Report of the Indian Hemp Drugs Commission, 1894-1895 - Volume V
Year: 1894
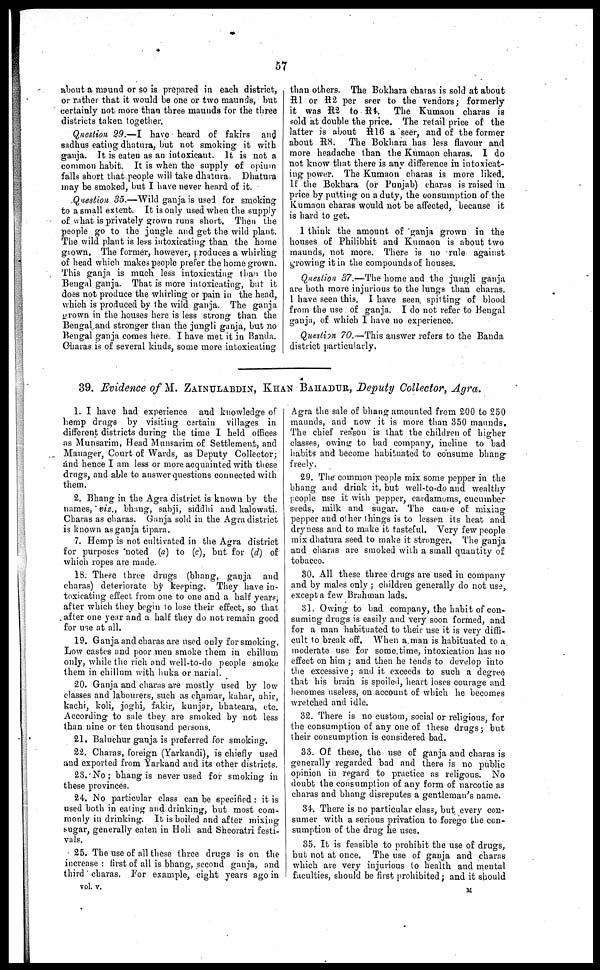
57
about a maund or so is prepared in each district,
or rather that it would be one or two maunds, bub
certainly not more than three maunds for the three
districts taken together.
Question 29.—I have heard of fakirs and
sadhus eating dhatura, but not smoking it with
ganja. It is eaten as an intoxicant. It is not a
common habit. It is when the supply of opium
falls short that people will take dhatura. Dhatura
may be smoked, but I have never heard of it.
Question 35.—Wild ganja is used for smoking
to a small extent. It is only used when the supply
of what is privately grown runs short. Then the
people go to the jungle and get the wild plant.
The wild plant is lets intoxicating than the home
grown. The former, however, produces a whirling
of head which makes people prefer the home grown.
This ganja is much less intoxicating than the
Bengal ganja. That is more intoxicating, but it
does not produce the whirling or pain in the head,
which is produced by the wild ganja. The ganja
grown in the houses here is less strong than the
Bengal and stronger than the jungli ganja, but no
Bengal ganja comes here. I have met it in Banda.
Charas is of several kinds, some more intoxicating
than others. The Bokhara charas is sold at about
R1 or R2 per seer to the vendors ; formerly
it was R2 to R4. The Kumaon charas is
sold at double the price. The retail price of the
latter is about R16 a seer, and of the former
about R8. The Bokhara has less flavour and
more headache than the Kumaon charas. I do
not know that there is any difference in intoxicat-
ing power. The Kumaon charas is more liked.
If the Bokhara (or Punjab) charas is raised in
price by putting on a duty, the consumption of the
Kumaon charas would not be affected, because it
is hard to get.
I think the amount of 'ganja grown in the
houses of Philibhit and Kumaon is about two
maunds, not more. There is no rule against
growing it in the compounds of houses.
Question 37.—The home and the jungli ganja
are both more injurious to the lungs than charas.
1 have seen this. I have seen, spitting of blood
from the use of ganja. I do not refer to Bengal
ganja, of which I have no experience.
Question 70.—This answer refers to the Banda
district particularly.
39. Evidence of M. ZAINULABDIN, KHAN BAHADUR, Deputy Collector, Agra.
1. I have had experience and knowledge of
hemp drugs by visiting certain villages in
different districts during the time I held offices
as Munsarim, Head Munsarim of Settlement, and
Manager, Court of Wards, as Deputy Collector;
and hence I am less or more acquainted with these
drugs, and able to answer questions connected with
them.
2. Bhang in the Agra district is known by the
names, viz., bhang, sabji, siddhi and kalowati.
Charas as charas. Ganja sold in the Agra district
is known as ganja tipara.
7. Hemp is not cultivated in the Agra district
for purposes "noted (a) to (c), but for (d) of
which ropes are made.
18. These three drugs (bhang, ganja and
charas) deteriorate by keeping. They have in-
toxicating effect from one to one and a half years,
after which they begin to lose their effect, so that
after one year and a half they do not remain good
for use at all.
19. Ganja and charas are used only for smoking.
Low castes and poor men smoke them in chillum
only, while the rich and well-to-do people smoke
them in chillum with huka or narial.
20. Ganja and charas are mostly used by low
classes and labourers, such as chamar, kahar, ahir,
kachi, koli, joghi, fakir, kunjar, bhateara, etc.
According to sale they are smoked by not less
than nine or ten thousand persons.
21. Baluchur ganja is preferred for smoking.
22. Charas, foreign (Yarkandi), is chiefly used
and exported from Yarkand and its other districts.
23. No ; bhang is never used for smoking in
these provinces.
24. No particular class can be specified : it is
used both in eating and drinking, but most com-
monly in drinking. It is boiled and after mixing
sugar, generally eaten in Holi and Sheoratri festi-
vals.
25. The use of all these three drugs is on the
increase : first of all is bhang, second ganja, and
third charas, For example, eight years ago in
Agra the sale of bhang amounted from 200 to 250
maunds, and now it is more than 350 maunds.
The chief reason is that the children of higher
classes, owing to bad company, incline to bad
habits and become habituated to consume bhang-
freely.
29. The common people mix some pepper in the
bhang and drink it, but well-to-do and wealthy
people use it with pepper, cardamoms, cucumber
seeds, milk and sugar. The cause of mixing
pepper and. other things is to lessen its heat and
dryness and to make it tasteful. Very few people
mix dhatura seed to make it stronger. The ganja
and charas are smoked with a small quantity of
tobacco.
30. All these three drugs are used in company
and by males only ; children generally do not use,
except a few Brahman lads.
31. Owing to bad. company, the habit of con-
suming drugs is easily and very soon formed, and
for a man habituated to their use it is very diffi-
cult to break off. When a man is habituated to a
moderate use for some time, intoxication has no
effect on him ; and then he tends to develop into
the excessive ; and it exceeds to such a degree
that his brain is spoiled, heart loses courage and
becomes useless, on account of which he becomes
wretched and idle.
32. There is no custom, social or religious, for
the consumption of any one of these drugs ; but
their consumption is considered bad.
33. Of these, the use of ganja and charas is
generally regarded bad and there is no public
opinion in regard to practice as religous. No
doubt the consumption of any form of narcotic as
charas and bhang disreputes a gentleman's name.
34. There is no particular class, but every con-
sumer with a serious privation to forego the con-
sumption of the drug he uses.
35. It is feasible to prohibit the use of drugs,
but not at once. The use of ganja and charas
which are very injurious to health and mental
faculties, should be first prohibited ; and it should